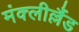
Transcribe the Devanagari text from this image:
मंक्लील्लैंड